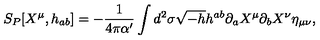
S _ { P } [ X ^ { \mu } , h _ { a b } ] = - { \frac { 1 } { 4 \pi { \alpha } ^ { \prime } } } \int d ^ { 2 } \sigma \sqrt { - h } h ^ { a b } \partial _ { a } X ^ { \mu } \partial _ { b } X ^ { \nu } \eta _ { \mu \nu } ,